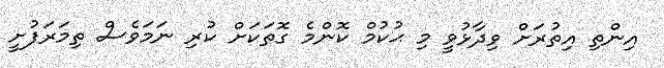
އިންތި އިތުރަށް ވިދާޅުވީ މި ޙުކުމް ކޮންމެ ގޮތަކަށް ކުރި ނަމަވެސް ތިމަރަފުށީ